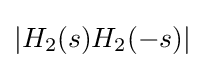
|H_{2}(s)H_{2}(-s)|